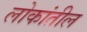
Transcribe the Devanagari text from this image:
लोकांतील